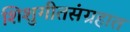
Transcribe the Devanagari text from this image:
शिशुगीतसंग्रहात